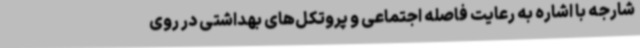
شارجه با اشاره به رعایت فاصله اجتماعی و پروتکل‌های بهداشتی در روی